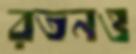
রতনও